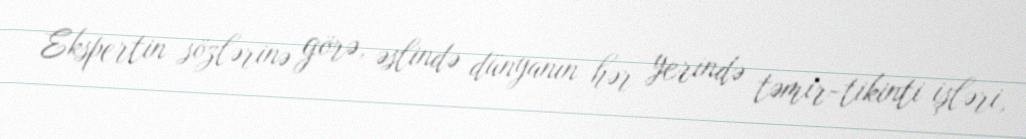
Ekspertin sözlərinə görə, əslində dünyanın hər yerində təmir-tikinti işləri,